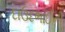
દાઉદભાઈની